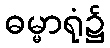
ဓမ္မာရုံ၌